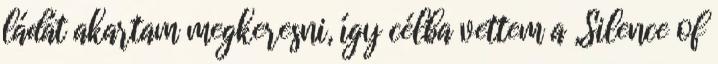
ládát akartam megkeresni, így célba vettem a „Silence of